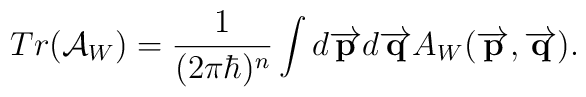
Tr( \mathcal{A}_W) = {1\over (2 \pi \hbar)^n} \int d\overrightarrow{{\bf p}}  d \overrightarrow{{\bf q}} A_W (\overrightarrow{{\bf p}},\overrightarrow{{\bf q}}).